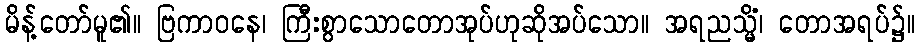
မိန့်တော်မူ၏။ ဗြကာဝနေ၊ ကြီးစွာသောတောအုပ်ဟုဆိုအပ်သော။ အရညသ္မိံ၊ တောအရပ်၌။